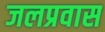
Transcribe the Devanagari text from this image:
जलप्रवास